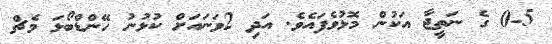
0-5 ގެ ނަތީޖާ އަކުން މޮޅުވެފައެވެ. އަދި 2ވަނައަށް ކުޅުނު ހޭންޑްބޯޅަ މެޗް